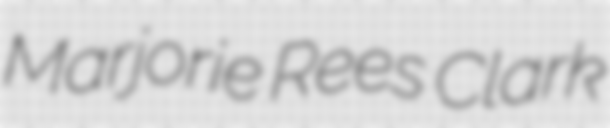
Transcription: Marjorie Rees Clark